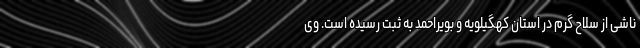
ناشی از سلاح گرم در استان کهگیلویه و بویراحمد به ثبت رسیده است. وی